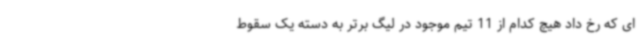
ای که رخ داد هیچ کدام از 11 تیم موجود در لیگ برتر به دسته یک سقوط